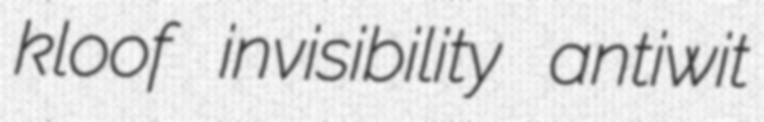
kloof invisibility antiwit